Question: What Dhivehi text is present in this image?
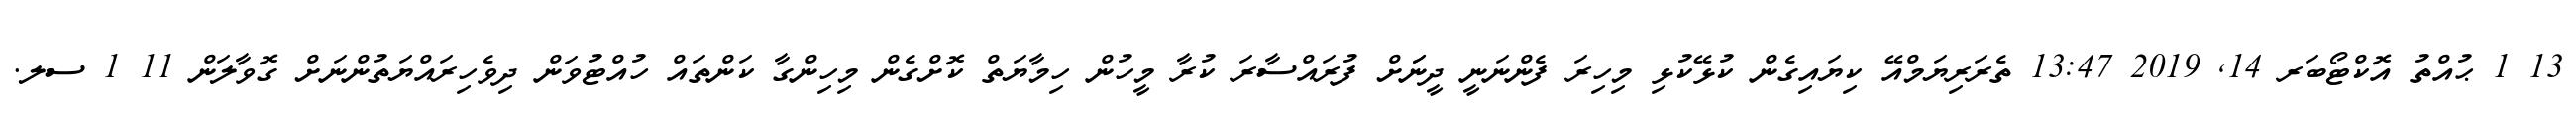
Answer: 13 1 ޙުއްތު އޮކްޓޯބަރ 14, 2019 13:47 ތެރަރިޔަމްއޭ ކިޔައިގެން ކުޅޭކުޅި މިހިރަ ފެންނަނީ ދީނަަށް ފުރައްސާރަ ކުރާ މީހުން ހިމާޔަތް ކޮށްގެން މިހިންގާ ކަންތައް ހުއްޓުވަން ދިވެހިރައްޔަތުންނަށް ގޮވާލަން 11 1 ސލ.